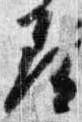
尋